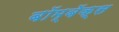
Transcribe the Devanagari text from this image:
बॉम्बॅक्स